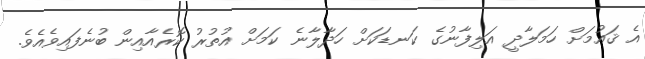
އެ ޤައުމަށް ހަމަލާދީ އަލިފާނުގެ ކަނޑަކަށް ހަދާލާނެ ކަމަށް އުތުރު ކޮރެއާއިން ބުނެފައިވެއެވެ.